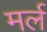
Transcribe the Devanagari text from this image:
मर्ल